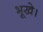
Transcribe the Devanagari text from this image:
भूखे।